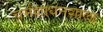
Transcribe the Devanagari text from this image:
चर्मशोधनशाला